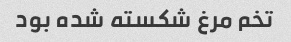
تخم مرغ شکسته شده بود